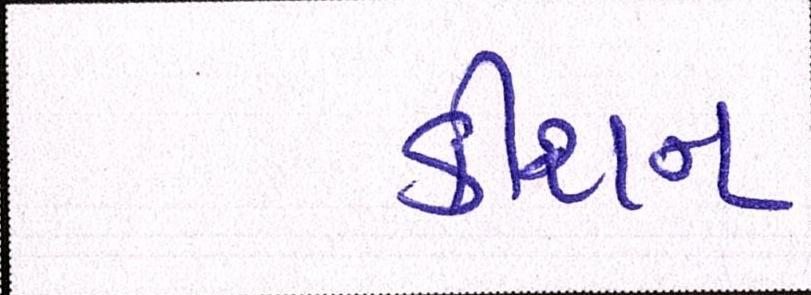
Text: કીશન